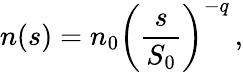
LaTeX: n(s)=n_{0}\left(\frac{s}{S_{0}}\right)^{-q}\, ,